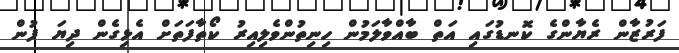
ފަރުޒާން ރެޔާންގެ ކޮނޑުގައި އަތް ބާއްވާލަމުން ހިނިތުންވެލިއިރު ކޯތާފަތަށް އެޅިގެން ދިޔަ ފުން